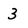
Character: 3